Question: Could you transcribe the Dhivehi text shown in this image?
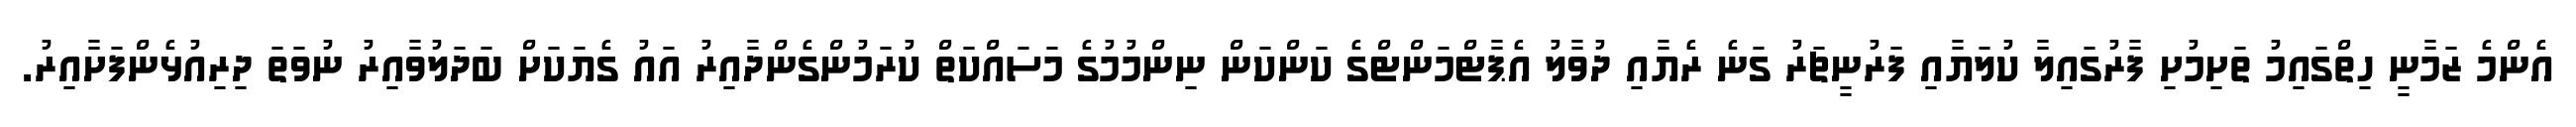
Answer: އެންމެ ޒަމާނީ ހިތްގައިމު ތަށިމުށި ފާރުގައިލާ ކުލަޔާއި ފަރުނީޗަރު ގަނެ ރެޔާއި ދުވާލު އެޕާޓްމަންޓްގެ ކަންކަން ނިންމުމުގެ މަސައްކަތް ކުރަމުންގެންދާއިރު އައު ގެޔަކަށް ބަދަލުވާއިރު ނުވަތަ ދިރިއުޅެންފަށާއިރު.